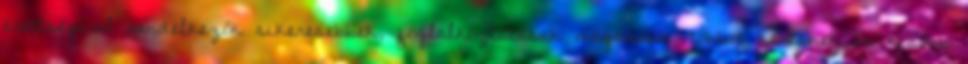
érettségivel rendelkezők sikeresebbek, foglalkoztatásuk magasabb, többet keresnek és kisebb